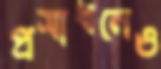
প্রসাধনেও